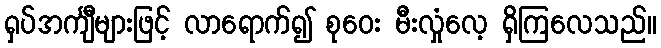
ရှပ်အင်္ကျီများဖြင့် လာရောက်၍ စုဝေး မီးလှုံလေ့ ရှိကြလေသည်။